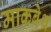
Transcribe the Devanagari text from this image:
माकबेथ